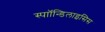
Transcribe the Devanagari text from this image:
स्पाॉन्डिलाइसिस